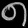
Digit: ၈